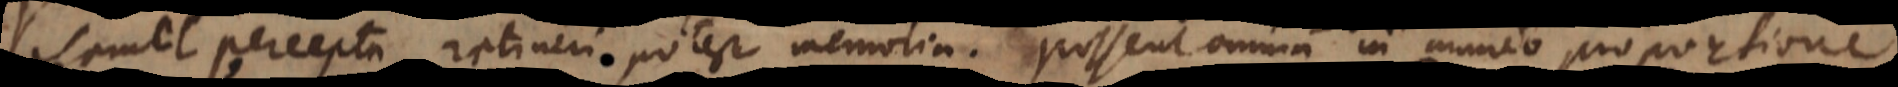
semel percepta retineri potest memoria. Possent omnia in mundo proportione